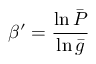
\beta ^ { \prime } = \frac { \ln \bar { P } } { \ln \bar { g } }